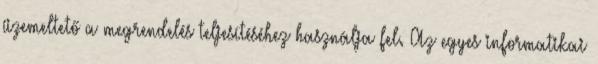
üzemeltető a megrendelés teljesítéséhez használja fel. Az egyes informatikai